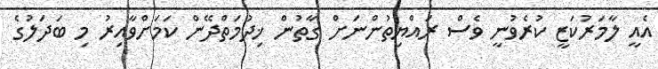
އެއީ ލާމަރުކަޒީ ކުރެވުނީ ވެސް ރައްޔިތުންނަށް ގާތުން ޚިދުމަތްދޭން ކަމަށްވާއިރު މި ބަދަލުގެ